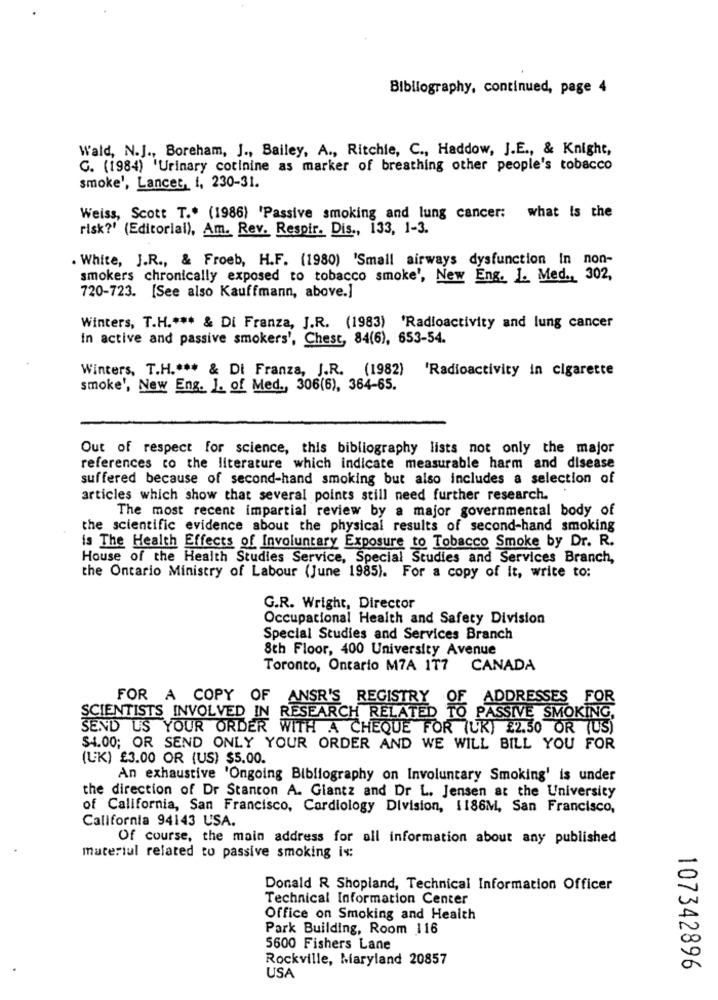
Bibliography, continued, page 4
Wald, N.J ., Boreham, J ., Bailey, A ., Ritchie, C ., Haddow, J.E ., & Knight,
G. (1984) 'Urinary cotinine as marker of breathing other people's tobacco
smoke', Lancet, i, 230-31.
Weiss, Scott T .* (1986) 'Passive smoking and lung cancer: what Is the
risk?' (Editorial), Am. Rev. Respir. Dis ., 133, 1-3.
. White, J.R ., & Froeb, H.F. (1980) 'Small airways dysfunction In non-
smokers chronically exposed to tobacco smoke', New Eng. I. Med ., 302,
720-723. [See also Kauffmann, above.]
Winters, T.H .*** & Di Franza, J.R. (1983) 'Radioactivity and lung cancer
in active and passive smokers', Chest, 84(6), 653-54.
Winters, T.H .*** & Di Franza, J.R. (1982)
'Radioactivity in cigarette
smoke', New Eng. ]. of Med ., 306(6), 364-65.
Out of respect for science, this bibliography lists not only the major
references to the literature which indicate measurable harm and disease
suffered because of second-hand smoking but also includes a selection of
articles which show that several points still need further research.
The most recent impartial review by a major governmental body of
the scientific evidence about the physical results of second-hand smoking
is The Health Effects of Involuntary Exposure to Tobacco Smoke by Dr. R.
House of the Health Studies Service, Special Studies and Services Branch,
the Ontario Ministry of Labour (June 1985). For a copy of It, write to:
G.R. Wright, Director
Occupational Health and Safety Division
Special Studies and Services Branch
8th Floor, 400 University Avenue
Toronto, Ontario M7A 177
CANADA
FOR A COPY OF ANSR'S REGISTRY
ADDRESSES FOR
SCIENTISTS INVOLVED IN RESEARCH RELATED TO PASSIVE SMOKING,
SEND US YOUR ORDER WITH A CHEQUE FOR (UK) £2.50 OR (US)
$4.00; OR SEND ONLY YOUR ORDER AND WE WILL BILL YOU FOR
(UK) £3.00 OR (US) $5.00.
An exhaustive 'Ongoing Bibliography on Involuntary Smoking' is under
the direction of Dr Stancon A. Giantz and Dr L. Jensen at the University
of California, San Francisco, Cardiology Division, 1186M, San Francisco,
California 94143 USA.
Of course, the main address for all information about any published
materiul related to passive smoking is:
Donald R Shopland, Technical Information Officer
Technical Information Center
Office on Smoking and Health
Park Building, Room 116
5600 Fishers Lane
Rockville, Maryland 20857
107342896
USA